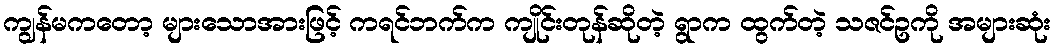
ကျွန်မကတော့ များသောအားဖြင့် ကရင်ဘက်က ကျိုင်းတုန်ဆိုတဲ့ ရွာက ထွက်တဲ့ သဇင်ဥကို အများဆုံး